King Institute of Preventive Medicine Micro-Biological Section reports 1912-19
Year: 1912
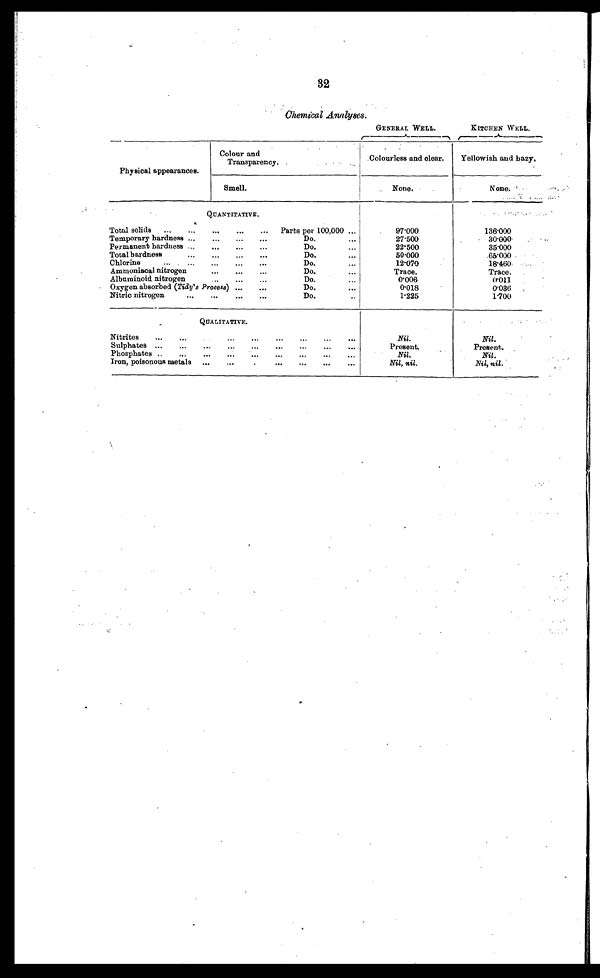
32
Chemical Analyses.
GENERAL WELL.
KITCHEN WELL.
Physical appearances.
Colour and
Transparency.
Colourless and clear.
Yellowish and bazy.
Smell.
None.
None.
QUANTITATIVE.
Total solids . . .
Parts per 100,000 . . .
97.000
136.000
Temporary hardness . . .
Do. . . .
27.500
30.000
Permanent hardness . . .
Do.
. . .
22.500
35.000
Total hardness
. . .
Do.
. . .
50.000
65.000
Chlorine
. . .
Do.
. . .
12.070
1 8 . 4 6 0
Ammoniacal nitrogen
. . .
Do.
. . .
Trace.
Trace.
Albuminoid nitrogen
. . .
Do. . . .
0.006
0.011
Oxygen absorbed (Tidy's Process) . . .
Do. . . .
0.018
0.036
Nitric nitrogen
. . .
Do. . . .
1.225
1.700
QUALITATIVE.
Nitrites
. . .
Nil.
Nil.
Sulphates . . .
Present.
Present.
Phosphates . . .
Nil.
N i l .
Iron, poisonous metals . . .
Nil, nil.
Nil, nil.